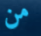
من